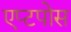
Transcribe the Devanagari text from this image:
एप्टपोस